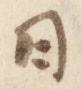
日